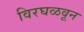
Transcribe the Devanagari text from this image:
विरघळवून